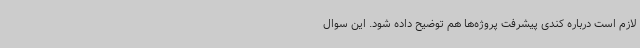
لازم است درباره کندی پیشرفت پروژه‌ها هم توضیح داده شود. این سوال